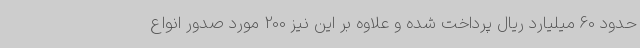
حدود 60 میلیارد ریال پرداخت شده و علاوه بر این نیز 200 مورد صدور انواع